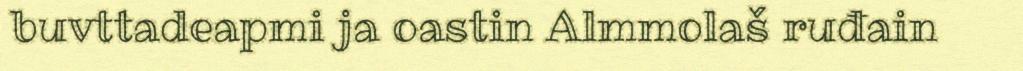
buvttadeapmi ja oastin Almmolaš ruđain